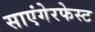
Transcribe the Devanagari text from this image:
साएंगेरफेस्ट